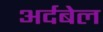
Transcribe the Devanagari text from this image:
अर्दबेल